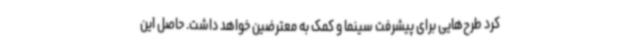
کرد طرح‌هایی برای پیشرفت سینما و کمک به معترضین خواهد داشت. حاصل این